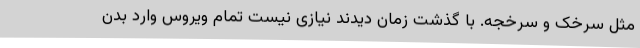
مثل سرخک و سرخجه. با گذشت زمان دیدند نیازی نیست تمام ویروس وارد بدن